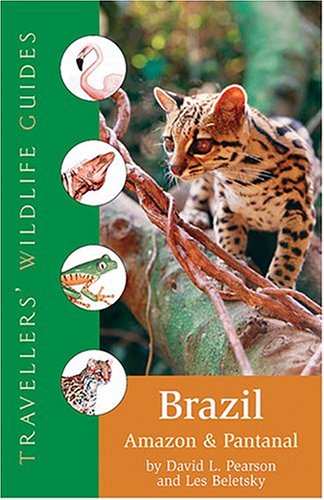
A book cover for Brazil: Amazon And Pantanal (Travellers' Wildlife Guides); David L. Pearson; Travel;